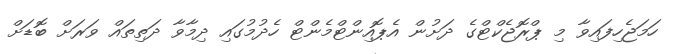
ހަމަޖެހިފައިވާ މި ޕްރޮޖެކްޓްގެ ދަށުން އެޕޮއިންޓްމެންޓް ހެދުމުގައި ދިމާވާ ދަތިތައް ވަރަށް ބޮޑަށް